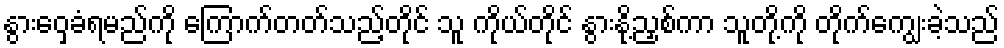
နွားဝှေ့ခံရမည်ကို ကြောက်တတ်သည့်တိုင် သူ ကိုယ်တိုင် နွားနို့ညှစ်ကာ သူတို့ကို တိုက်ကျွေးခဲ့သည်